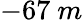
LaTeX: -67~m